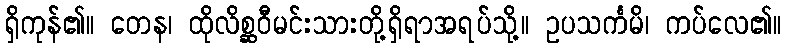
ရှိကုန်၏။ တေန၊ ထိုလိစ္ဆဝီမင်းသားတို့ရှိရာအရပ်သို့။ ဥပသင်္ကမိ၊ ကပ်လေ၏။